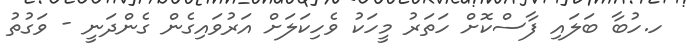
ހ.ހުބާ ބަލައި ފާސްކޮށް ހަތަރު މީހަކު ވެހިކަލަށް އަރުވައިގެން ގެންދަނީ - ވަގުތު